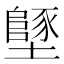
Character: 𡒿